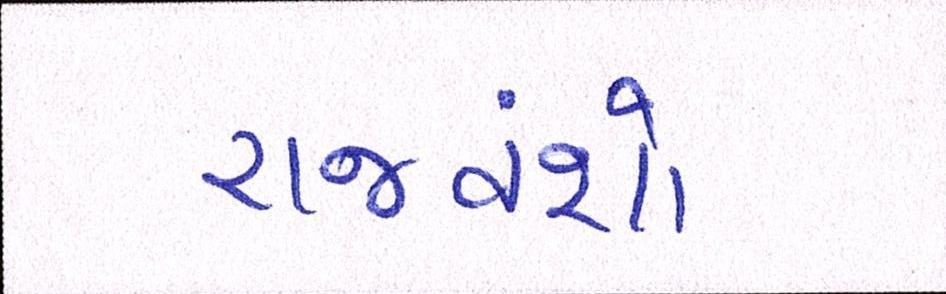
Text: રાજવંશો